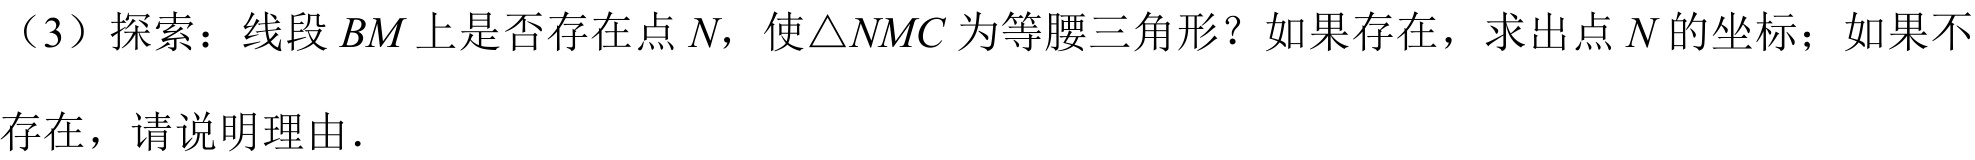
（3）探索：线段 \(BM\) 上是否存在点 \(N\)，使\(\triangle NMC\) 为等腰三角形？如果存在，求出点 \(N\) 的坐标；如果不存在，请说明理由.